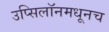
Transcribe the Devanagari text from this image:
उप्सिलॉनमधूनच